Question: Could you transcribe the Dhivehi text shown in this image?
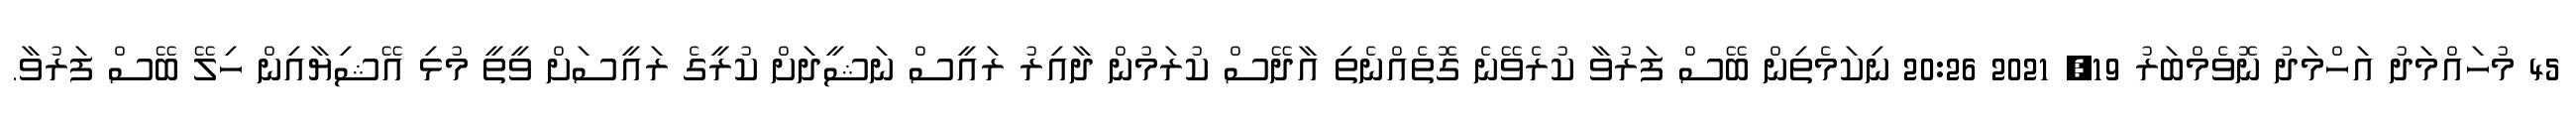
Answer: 45 މުހައްމަދު އަހްމަދު ނޮވެމްބަރު 19, 2021 20:26 ނިކަމެތިން ބޭސް ފަރުވާ ކުރެވޭނެ ގޮތެއްނެތި އާދޭސް ކުރަމުން ދާއިރު ރައީސް ނަޝީދަށް ކުރީގެ ރައީސަށް ވީތީ މުޅި އޭޝިޔާއިން ހިލޭ ބޭސް ފަރުވާ.